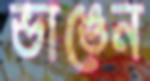
ভাঙেন